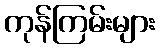
ကုန်ကြမ်းများ